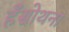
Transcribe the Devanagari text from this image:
हँसोथना